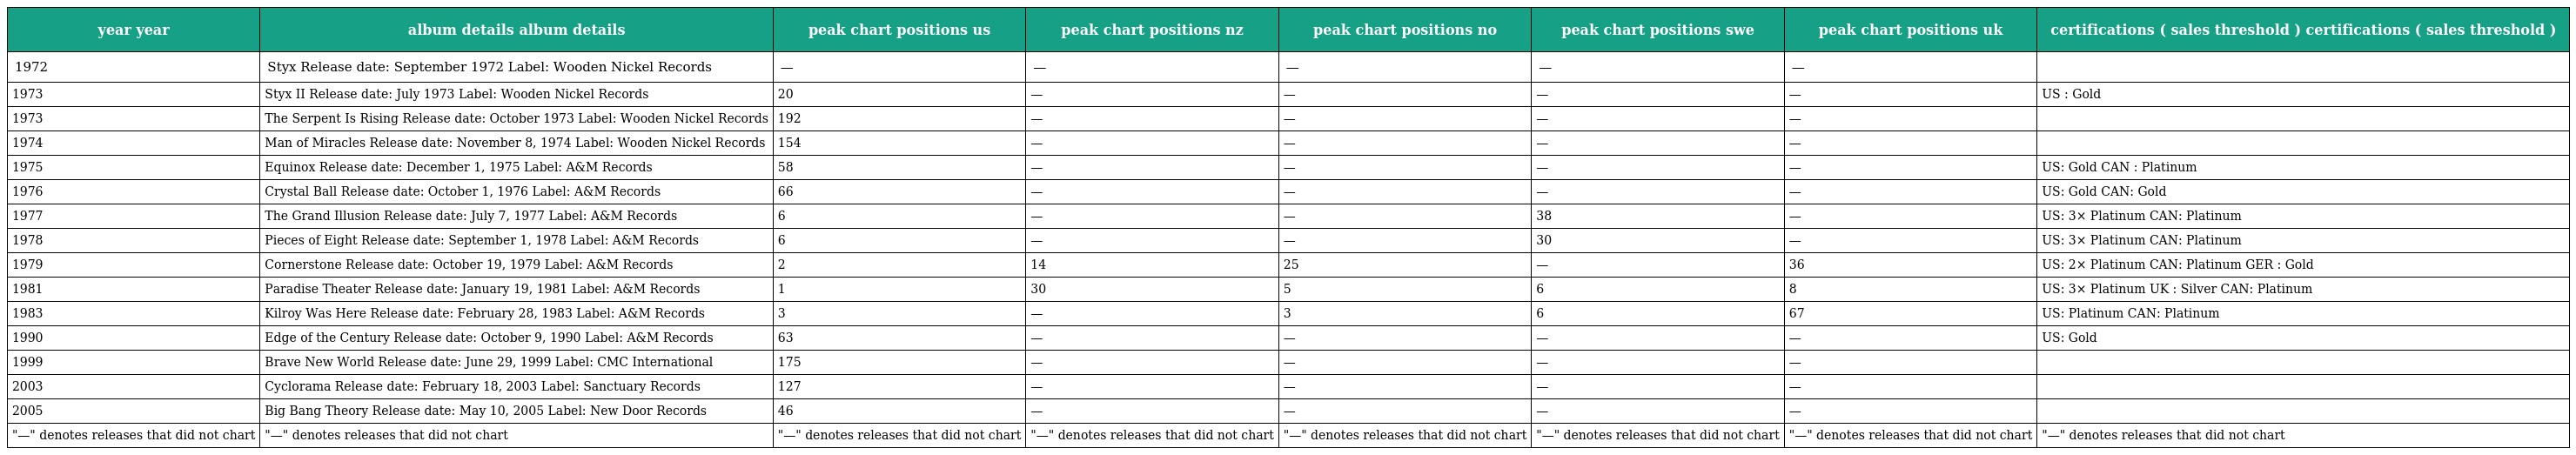
| year year | album details album details | peak chart positions us | peak chart positions nz | peak chart positions no | peak chart positions swe | peak chart positions uk | certifications ( sales threshold ) certifications ( sales threshold ) |
 | --- | --- | --- | --- | --- | --- | --- | --- |
 | 1972 | Styx Release date: September 1972 Label: Wooden Nickel Records | — | — | — | — | — |  |
 | 1973 | Styx II Release date: July 1973 Label: Wooden Nickel Records | 20 | — | — | — | — | US : Gold |
 | 1973 | The Serpent Is Rising Release date: October 1973 Label: Wooden Nickel Records | 192 | — | — | — | — |  |
 | 1974 | Man of Miracles Release date: November 8, 1974 Label: Wooden Nickel Records | 154 | — | — | — | — |  |
 | 1975 | Equinox Release date: December 1, 1975 Label: A&M Records | 58 | — | — | — | — | US: Gold CAN : Platinum |
 | 1976 | Crystal Ball Release date: October 1, 1976 Label: A&M Records | 66 | — | — | — | — | US: Gold CAN: Gold |
 | 1977 | The Grand Illusion Release date: July 7, 1977 Label: A&M Records | 6 | — | — | 38 | — | US: 3× Platinum CAN: Platinum |
 | 1978 | Pieces of Eight Release date: September 1, 1978 Label: A&M Records | 6 | — | — | 30 | — | US: 3× Platinum CAN: Platinum |
 | 1979 | Cornerstone Release date: October 19, 1979 Label: A&M Records | 2 | 14 | 25 | — | 36 | US: 2× Platinum CAN: Platinum GER : Gold |
 | 1981 | Paradise Theater Release date: January 19, 1981 Label: A&M Records | 1 | 30 | 5 | 6 | 8 | US: 3× Platinum UK : Silver CAN: Platinum |
 | 1983 | Kilroy Was Here Release date: February 28, 1983 Label: A&M Records | 3 | — | 3 | 6 | 67 | US: Platinum CAN: Platinum |
 | 1990 | Edge of the Century Release date: October 9, 1990 Label: A&M Records | 63 | — | — | — | — | US: Gold |
 | 1999 | Brave New World Release date: June 29, 1999 Label: CMC International | 175 | — | — | — | — |  |
 | 2003 | Cyclorama Release date: February 18, 2003 Label: Sanctuary Records | 127 | — | — | — | — |  |
 | 2005 | Big Bang Theory Release date: May 10, 2005 Label: New Door Records | 46 | — | — | — | — |  |
 | "—" denotes releases that did not chart | "—" denotes releases that did not chart | "—" denotes releases that did not chart | "—" denotes releases that did not chart | "—" denotes releases that did not chart | "—" denotes releases that did not chart | "—" denotes releases that did not chart | "—" denotes releases that did not chart |